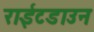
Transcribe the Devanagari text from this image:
राईटडाउन